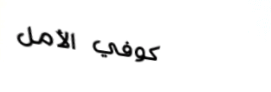
كوفي الأمل